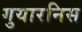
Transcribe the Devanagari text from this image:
गुयारनिस